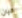
كيان